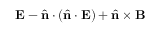
{ \bf E } - \hat { \bf n } \cdot ( \hat { \bf n } \cdot { \bf E } ) + \hat { \bf n } \times { \bf B }